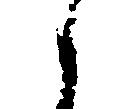
と